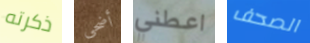
ذكرته أضحى اعطني الصحف